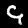
Digit: 9